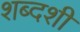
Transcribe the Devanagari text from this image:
शब्दशी